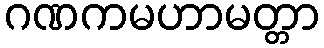
ဂဏကမဟာမတ္တာ